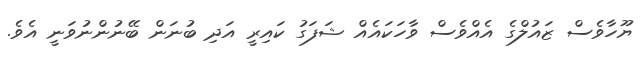
ޔޫހާވެސް ޒައުލްގެ އެއްވެސް ވާހަކައެއް ޝަފަގު ކައިރީ އަދި ބުނަން ބޭނުންނުވަނީ އެވެ.